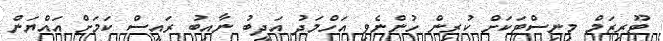
ޓޫރިޒަމް މިނިސްޓަކަށް ކުރިން ހުންނެވި އަހްމަދު އަދީބު ނާއިބު ރައީސް ކަމަށް އައްޔަން